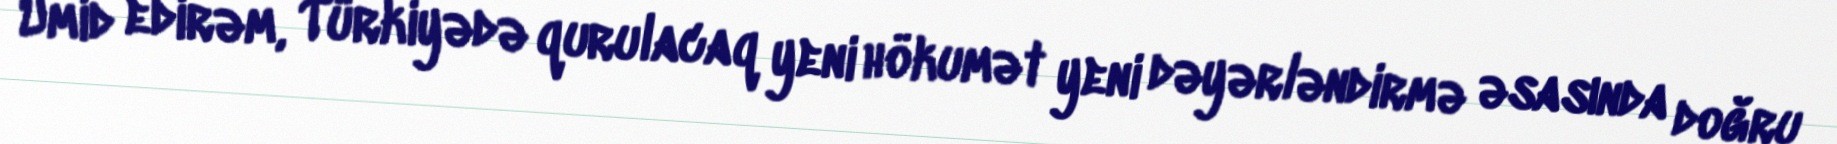
Ümid edirəm, Türkiyədə qurulacaq yeni hökumət yeni dəyərləndirmə əsasında doğru